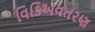
વિકિઅવતરણ